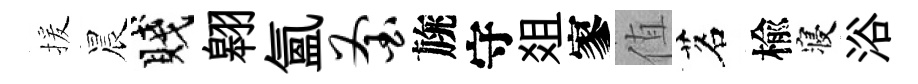
援晨賤翱氳釜旐守爼寥值茗楡寝浴